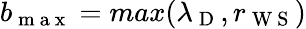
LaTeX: b_{\mathrm{~m~a~x~}}=max(\lambda_{\mathrm{~D~}},r_{\mathrm{~W~S~}})